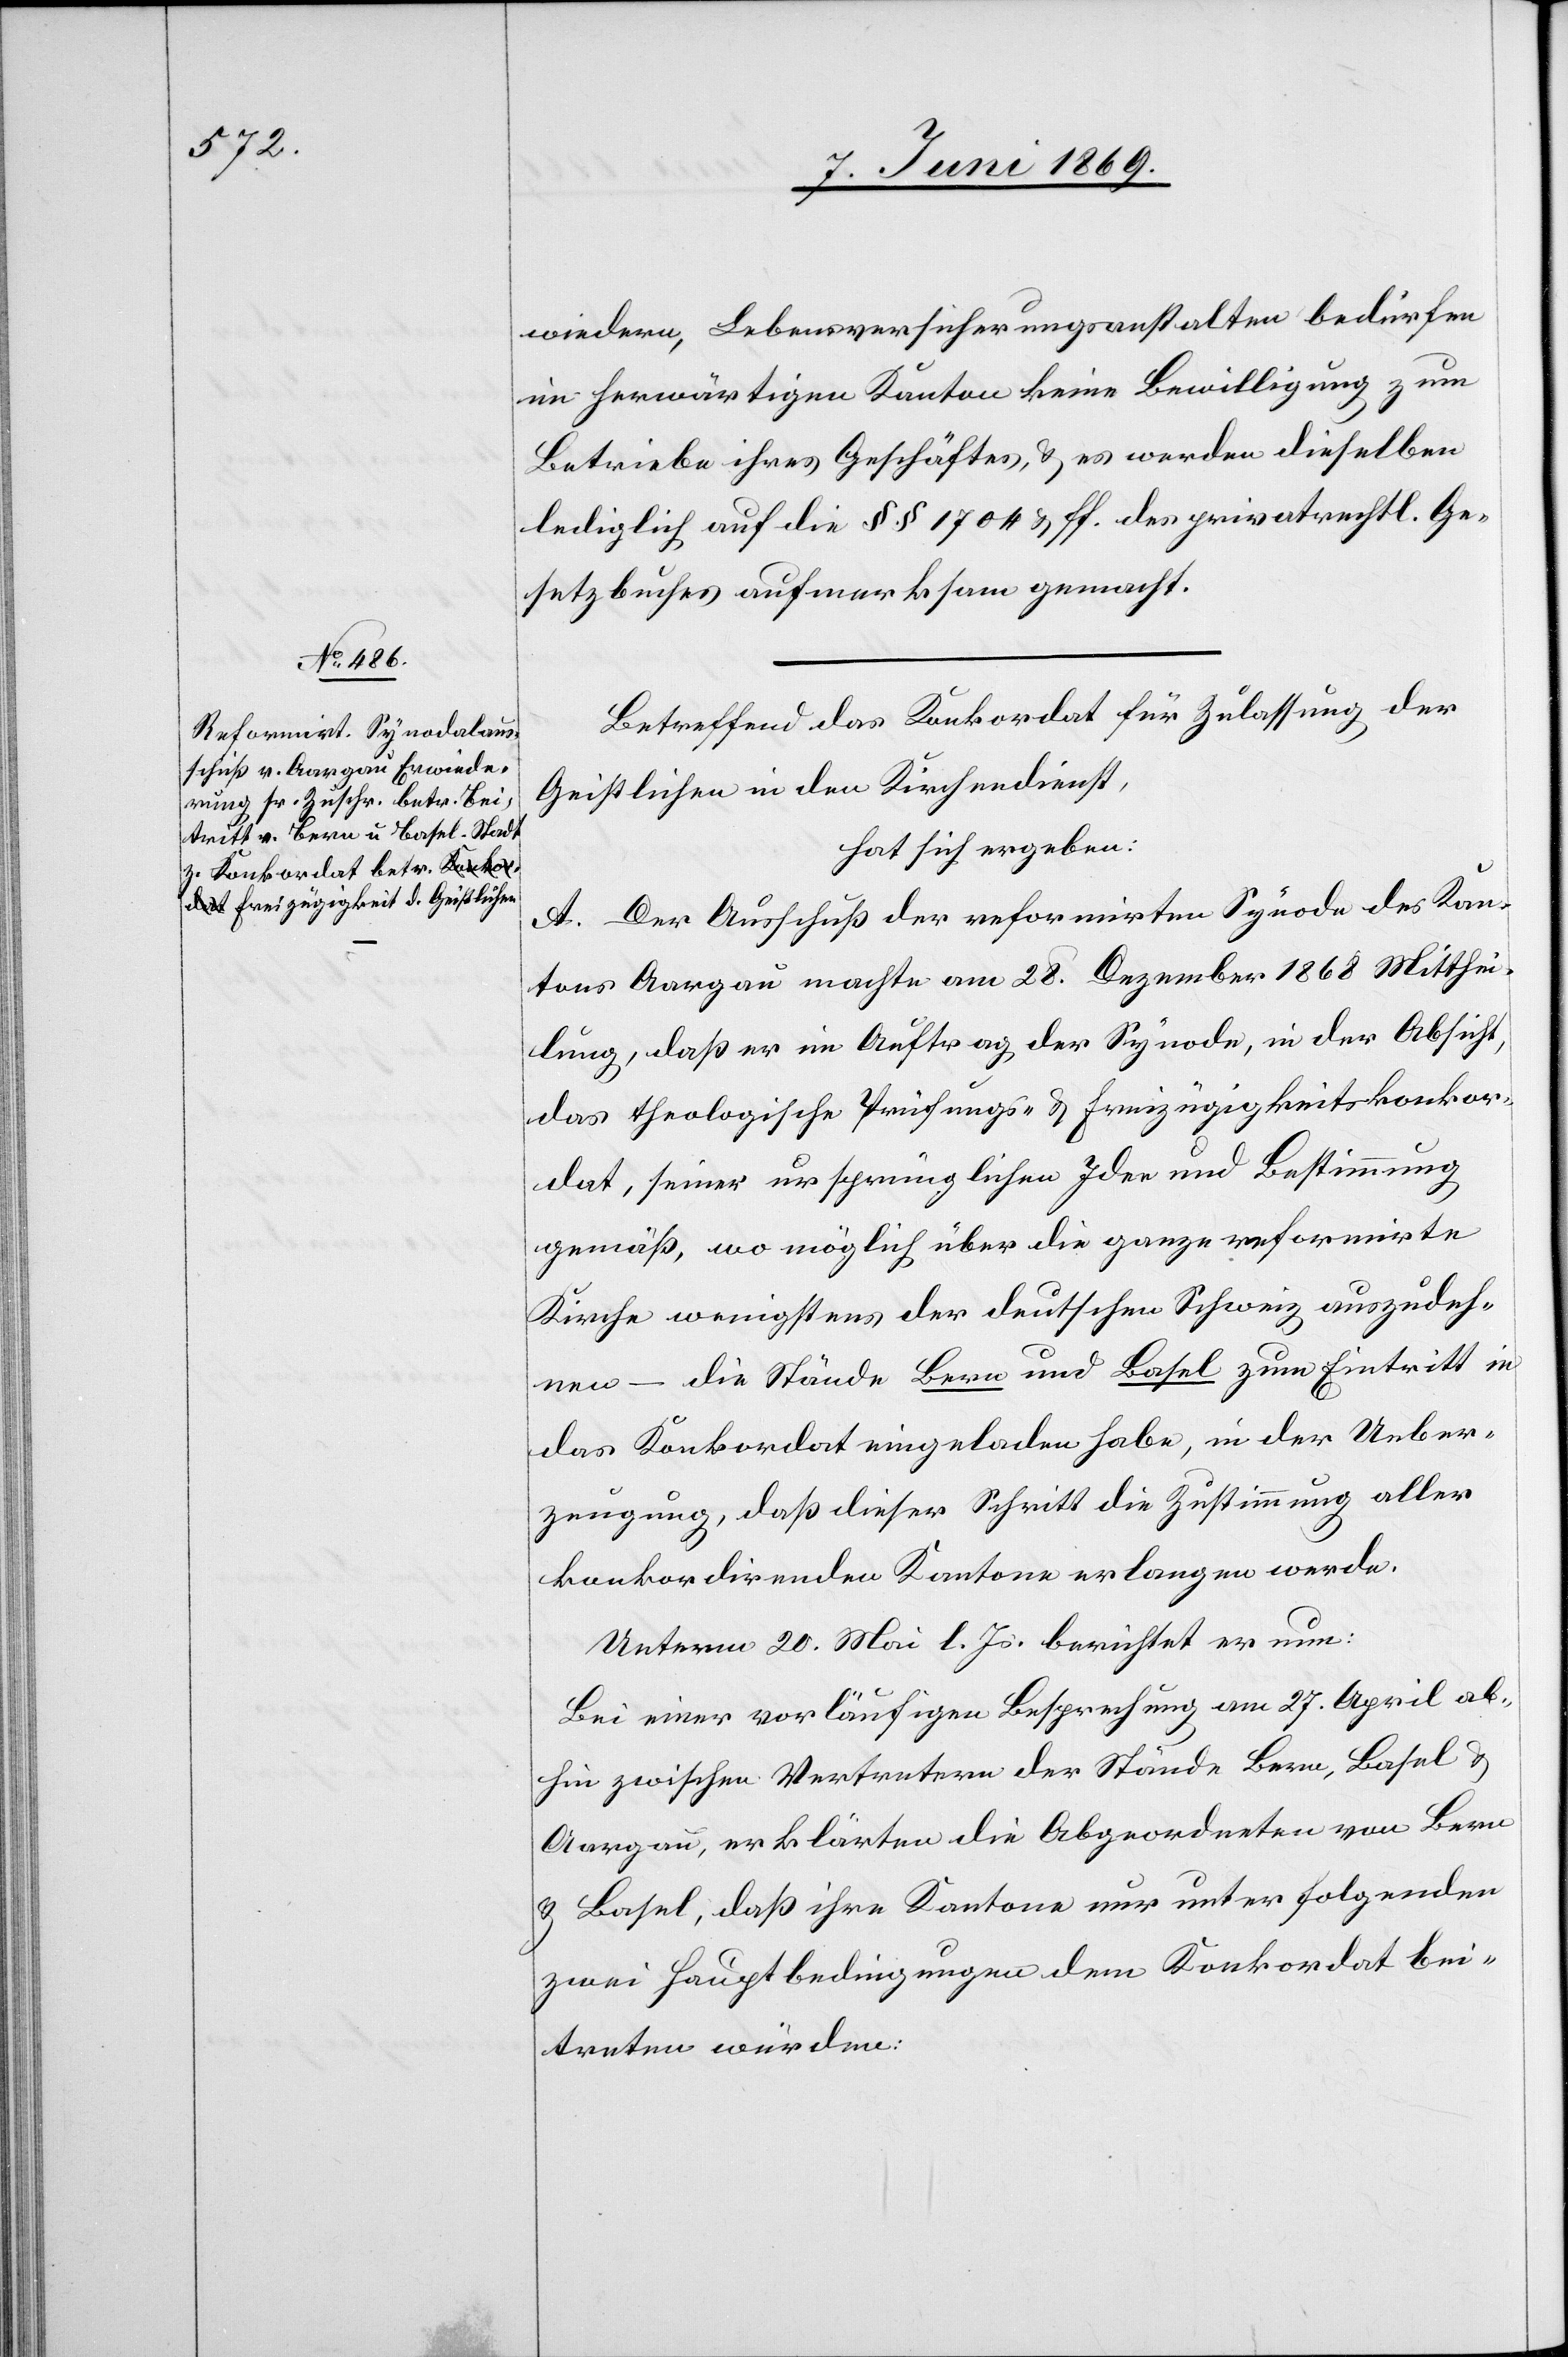
wiedern, Lebensversicherungsanstalten bedürfen
im herwärtigen Kanton keine Bewilligung zum
Betriebe ihres Geschäftes, u. es werden dieselben
lediglich auf die §§ 1704 u. ff. des privatrechtl. Ge¬
setzbuches aufmerksam gemacht.
Betreffend das Konkordat für Zulassung der
Geistlichen in den Kirchendienst,
hat sich ergeben:
A. Der Ausschuß der refomirten Synode des Kan¬
tons Aargau machte am 28 Dezember 1868 Mitthei¬
lung, daß er im Auftrag der Synode, in der Absicht,
das theologische Prüfungs- u. Freizügigkeitskonkor¬
dat, seiner ursprünglichen Idee und Bestimmung
gemäß, wo möglich über die ganze refomirte
Kirche wenigstens der deutschen Schweiz auszudeh¬
nen – die Stände Bern und Basel zum Eintritt in
das Konkordat eingeladen habe, in der Ueber¬
zeugung, daß dieser Schritt die Zustimmung aller
konkordirenden Kantone erlangen werde.
Unterm 20 Mai l. Js. berichtet er nun:
Bei einer vorläufigen Besprechung am 27 April ab¬
hin zwischen Vertretern der Stände Bern, Basel u.
Aargau, erklärten die Abgeordneten von Bern
u. Basel, daß ihre Kantone nur unter folgenden
zwei Hauptbedingungen dem Konkordat bei¬
treten würden.